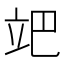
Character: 𥩙